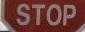
stop